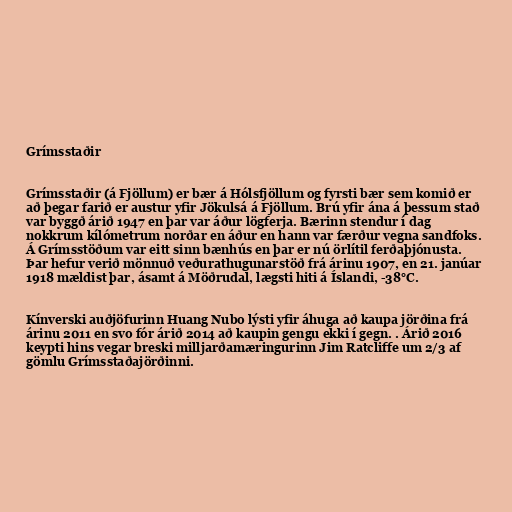
Grímsstaðir

Grímsstaðir (á Fjöllum) er bær á Hólsfjöllum og fyrsti bær sem komið er
að þegar farið er austur yfir Jökulsá á Fjöllum. Brú yfir ána á þessum stað
var byggð árið 1947 en þar var áður lögferja. Bærinn stendur í dag
nokkrum kílómetrum norðar en áður en hann var færður vegna sandfoks.
Á Grímsstöðum var eitt sinn bænhús en þar er nú örlítil ferðaþjónusta.
Þar hefur verið mönnuð veðurathugunarstöð frá árinu 1907, en 21. janúar
1918 mældist þar, ásamt á Möðrudal, lægsti hiti á Íslandi, -38°C.

Kínverski auðjöfurinn Huang Nubo lýsti yfir áhuga að kaupa jörðina frá
árinu 2011 en svo fór árið 2014 að kaupin gengu ekki í gegn. . Árið 2016
keypti hins vegar breski milljarðamæringurinn Jim Ratcliffe um 2/3 af
gömlu Grímsstaðajörðinni.